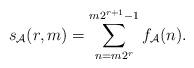
LaTeX: \begin{align*} s_\mathcal{A}(r,m)=\sum_{n=m2^r}^{m2^{r+1}-1}f_{\mathcal{A}}(n).\end{align*}